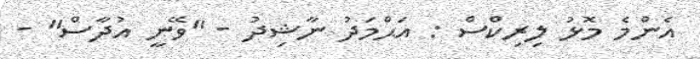
އެންމެ މޮޅު ލިރިކްސް : އަޙްމަދު ނާޝިދު - "ވޭނީ އުދާސް" -